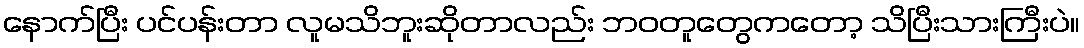
နောက်ပြီး ပင်ပန်းတာ လူမသိဘူးဆိုတာလည်း ဘဝတူတွေကတော့ သိပြီးသားကြီးပဲ။